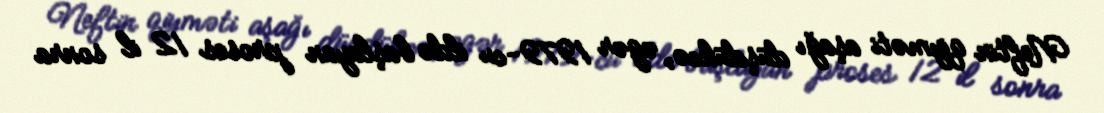
Neftin qiyməti aşağı düşdükcə, əgər 1979-cu ildə başlayan proses 12 il sonra